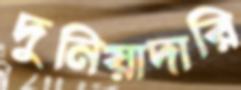
দুনিয়াদারি